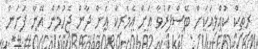
ރިތިކް ކުއްލިއަކަށް ބޭސްފަރުވާ އަށް އެމެރިކާ އަށް ދާން ޖެހުމުން އޭނާ ފަށަން